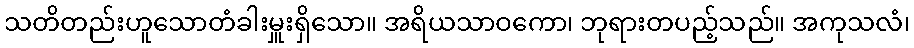
သတိတည်းဟူသောတံခါးမှူးရှိသော။ အရိယသာဝကော၊ ဘုရားတပည့်သည်။ အကုသလံ၊